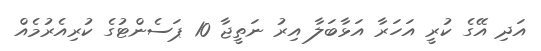
އަދި އޭގެ ކުރީ އަހަރާ އަޅާބަލާ އިރު ނަތީޖާ 10 ޕަސެންޓުގެ ކުރިއެރުމެއް